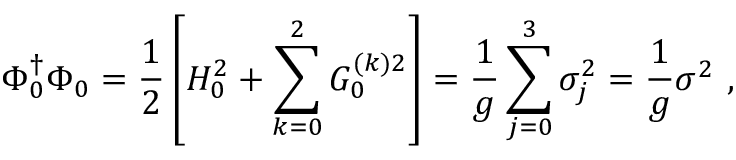
\Phi _ { 0 } ^ { \dagger } \Phi _ { 0 } = \frac { 1 } { 2 } \left[ { \cal { H } } _ { 0 } ^ { 2 } + \sum _ { k = 0 } ^ { 2 } { \cal { G } } _ { 0 } ^ { ( k ) 2 } \right] = \frac { 1 } { g } \sum _ { j = 0 } ^ { 3 } { \sigma } _ { j } ^ { 2 } = \frac { 1 } { g } { \sigma } ^ { 2 } \ ,